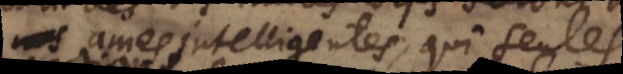
ames intelligentes, qui seules